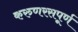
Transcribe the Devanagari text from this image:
करुणरसपूर्ण